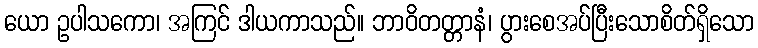
ယော ဥပါသကော၊ အကြင် ဒါယကာသည်။ ဘာဝိတတ္တာနံ၊ ပွားစေအပ်ပြီးသောစိတ်ရှိသော